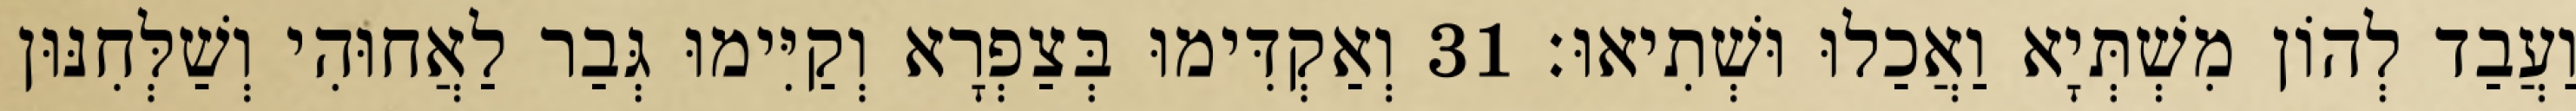
וַעֲבַד לְהוֹן מִשְׁתְּיָא וַאֲכַלוּ וּשְׁתִיאוּ׃ 31 וְאַקְדִּימוּ בְּצַפְרָא וְקַיִּימוּ גְּבַר לַאֲחוּהִי וְשַׁלְּחִנּוּן